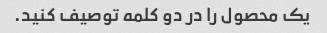
یک محصول را در دو کلمه توصیف کنید.